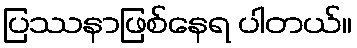
ပြဿနာဖြစ်နေရ ပါတယ်။